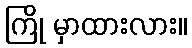
ကြို မှာထားလား။